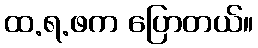
ထ.ရ.ဖက ပြောတယ်။